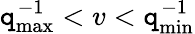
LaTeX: \mathtt{q}_{\mathrm{{max}}}^{-1}<v<\mathtt{q}_{\mathrm{{min}}}^{-1}